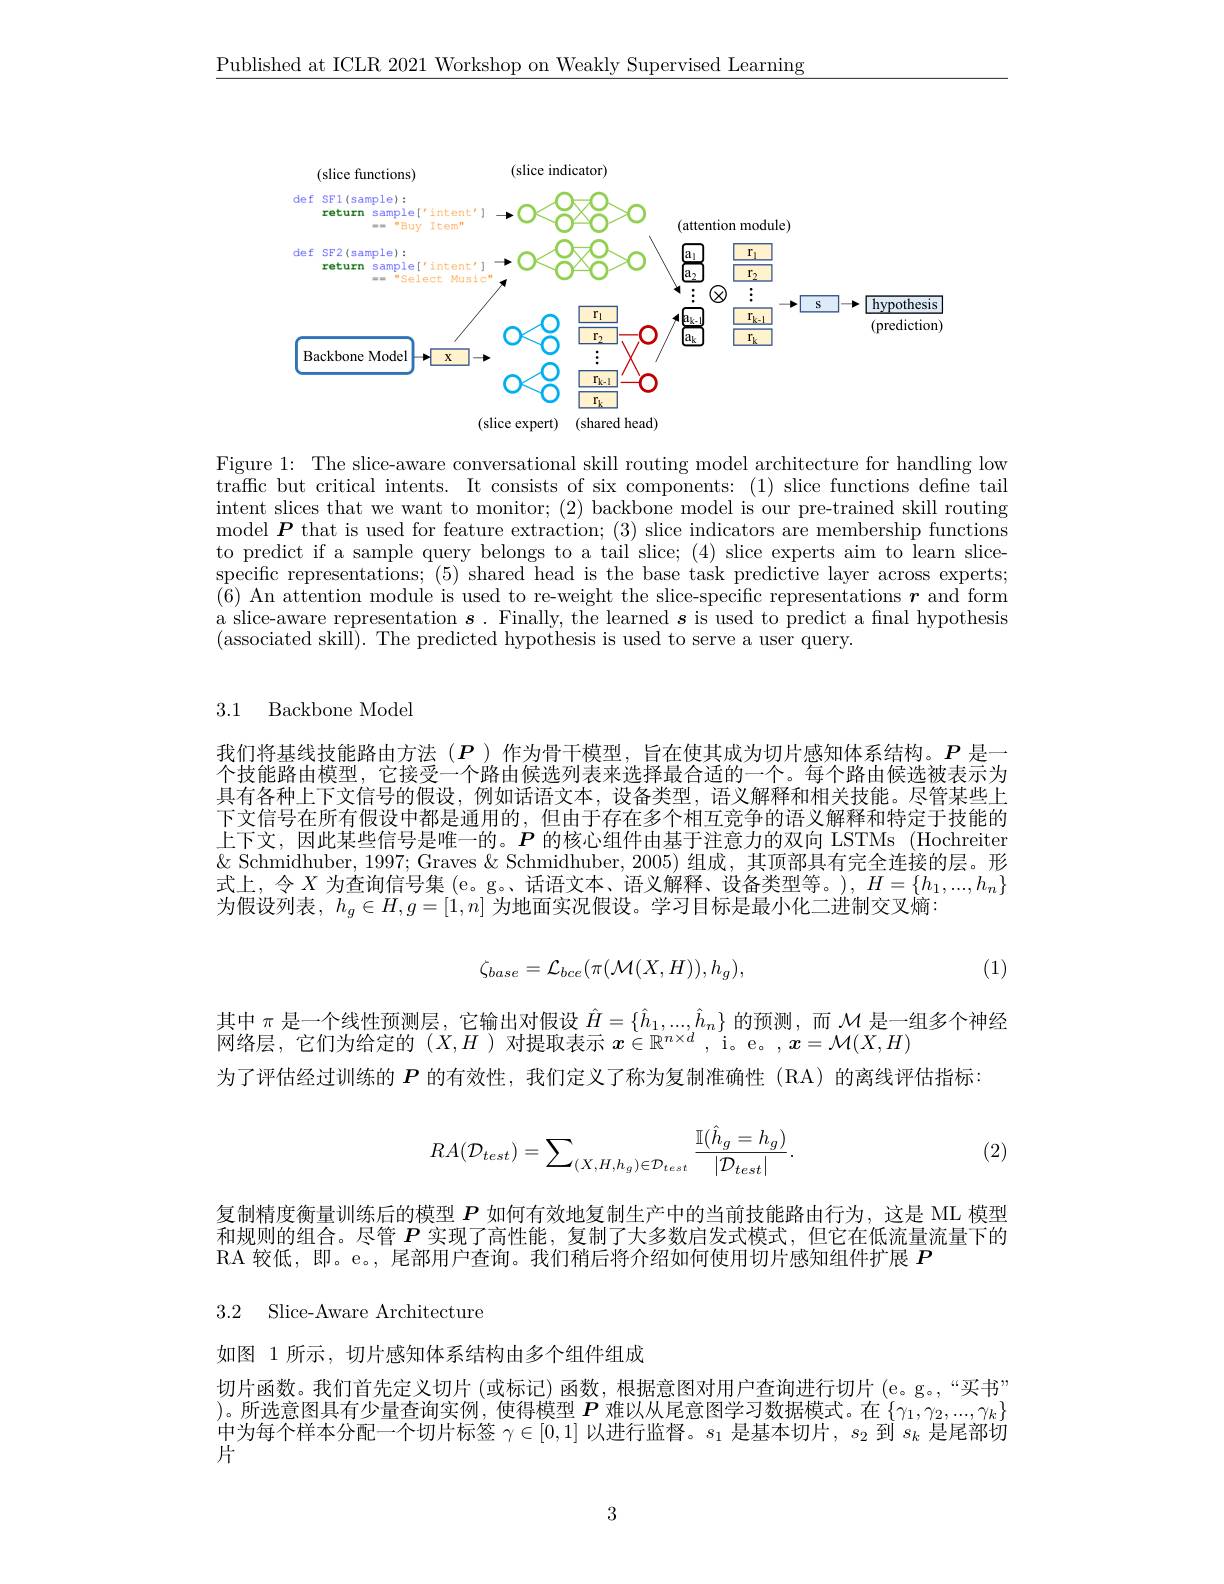
$\underline{\text{Published at ICLR 2021 Workshop on Weakly Supervised Learning}}$

<FigureHere>

Figure 1: The slice-aware conversational skill routing model architecture for handling low traffic but critical intents. It consists of six components: (1) slice functions define tail intent slices that we want to monitor; (2) backbone model is our pre-trained skill routing model $\boldsymbol P$ that is used for feature extraction; (3) slice indicators are membership functions to predict if a sample query belongs to a tail slice; (4) slice experts aim to learn slice- $\bar{\text{specific representations; (5) shared head is the base task predictive layer across experts;}}$ (6) An attention module is used to re-weight the slice-specific representations $\boldsymbol r$ and form a slice-aware representation $\boldsymbol{s}.$ Finally, the learned $\boldsymbol{s}$ is used to predict a fınal hypothesis (associated skill).The predicted hypothesis is used to serve a user query.

## 3.1 Backbone Model

我们将基线技能路由方法$(P$ )作为骨干模型，旨在使其成为切片感知体系结构。$P$是一个技能路由模型，它接受一个路由候选列表来选择最合适的一个。每个路由候选被表示为具有各种上下文信号的假设，例如话语文本，设备类型，语义解释和相关技能。尽管某些上下文信号在所有假设中都是通用的，但由于存在多个相互竞争的语义解释和特定于技能的上下文，因此某些信号是唯一的。$P$的核心组件由基于注意力的双向 LSTMs (Hochreiter $\&$ Schmidhuber, 1997; Graves & Schmidhuber, 2005) 组成，其顶部具有完全连接的层。形式上，令$X$为查询信号集 (e。g。、话语文本、语义解释、设备类型等。), $H=\{h_1,...,h_n\}$ 为假设列表，$h_g\in H,g=[1,n]$为地面实况假设。学习目标是最小化二进制交叉熵
$$\zeta_{base}=\mathcal{L}_{bce}(\pi(\mathcal{M}(X,H)),h_g),$$
(1)

其中$\pi$是一个线性预测层，它输出对假设$\hat{H}=\{\hat{h}_1,...,\hat{h}_n\}$的预测，而$\mathcal{M}$是一组多个神经
网络层，它们为给定的($X,H$ )对提取表示$x\in\mathbb{R}^n\times d$ , i。e。,$x=\mathcal{M}(X,H$
为了评估经过训练的$P$的有效性，我们定义了称为复制准确性(RA)的离线评估指标：

(2)
$$RA(\mathcal{D}_{test})=\sum_{(X,H,h_g)\in\mathcal{D}_{test}}\frac{\mathbb{I}(\hat{h}_g=h_g)}{|\mathcal{D}_{test}|}.$$
复制精度衡量训练后的模型$P$如何有效地复制生产中的当前技能路由行为，这是 ML 模型和规则的组合。尽管$P$实现了高性能，复制了大多数启发式模式，但它在低流量流量下的RA 较低，即。e。, 尾部用户查询。我们稍后将介绍如何使用切片感知组件扩展$P$
3.2 Slice-Aware Architecture

如图 1 所示，切片感知体系结构由多个组件组成
切片函数。我们首先定义切片 (或标记)函数，根据意图对用户查询进行切片 (e。g。,“买书” $\begin{aligned}\text{)。所选意图具有少量查询实例，使得模型 }\boldsymbol{P}\text{ 难以从尾意图学习数据模式。在}\left\{\gamma_1,\gamma_2,...,\gamma_k\right\}\\\text{中火后全样土八面 }=\text{个四山上发}=[0,1]\text{ 小半行业中}\\\text{ 时间 }=\text{ 时中中国}^{-1}\:=\text{ 时间出出}\end{aligned}$ 中为每个样本分配一个切片标签$\gamma\in[0,1]$以进行监督。$s_1$是基本切片，$s_2$到$s_k$是尾部切片

3